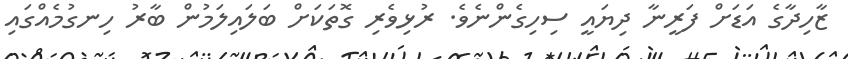
ޒާހިދާގެ އަޑަށް ފަރީނާ ދިޔައީ ސިހިގެންނެވެ. ރުޅިވެރި ގޮތަކަށް ބަލައިލަމުން ބާރު ހިނގުމެއްގައި